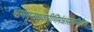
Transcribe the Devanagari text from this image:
भस्ममृन्मधुवारीणिमंत्रतस्तानिवैदश